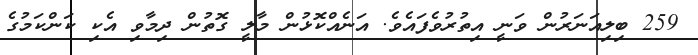
259 ބިލިއަނަރުން ވަނީ އިތުރުވެފައެވެ. އަނެއްކޮޅުން މާލީ ގޮތުން ދިމާވި އެކި ކަންކަމުގެ